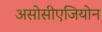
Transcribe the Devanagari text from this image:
असोसीएजियोन